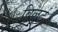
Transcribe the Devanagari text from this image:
विलर्ट